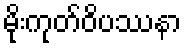
မိုးကုတ်ဝိပဿနာ